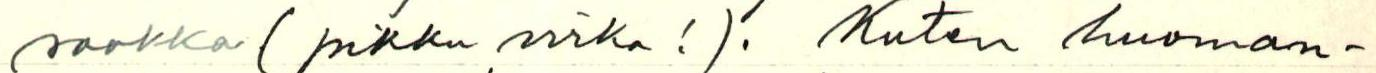
saakka (pikku virka!). Kuten huoman-